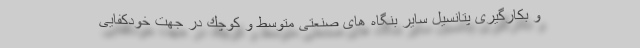
و بكارگیری پتانسیل سایر بنگاه های صنعتی متوسط و كوچك در جهت خودكفایی